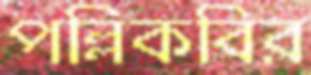
পল্লিকবির